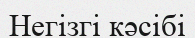
Негізгі кәсібі